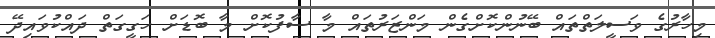
މިހާރުގެ ވަސީލަތްތައް ބޭނުންކޮށްގެން މަންޒަރުތައް މާ ސާފުކޮށް މާ ބޮޑަށް ހަގީގަތް ދައްކުވައިދޭ